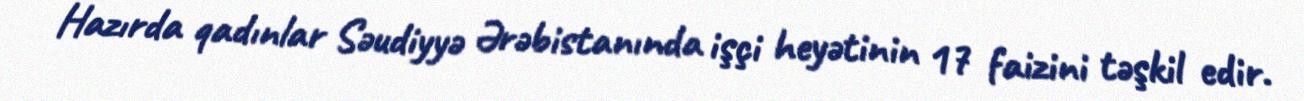
Hazırda qadınlar Səudiyyə Ərəbistanında işçi heyətinin 17 faizini təşkil edir.